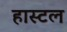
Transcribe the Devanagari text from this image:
हास्‍टल